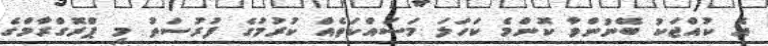
އެ ކުއްޖަކު ބޭނުންވާ ކޮންމެ ކަހަލަ މަސައްކަތެއް ކުރުމުގެ ފުރުސަތު މި ޕްރޮގްރާމްގެ